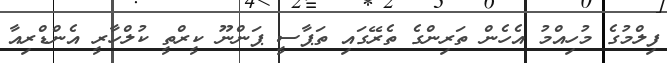
ފިލްމުގެ މުހިއްމު އެހެން ތަރިންގެ ތެރޭގައި ތަޕާސީ ޕަންނޫ ކީރްތީ ކުލްހާރީ އެންޑްރިއާ